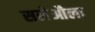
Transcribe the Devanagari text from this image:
सलेऔला